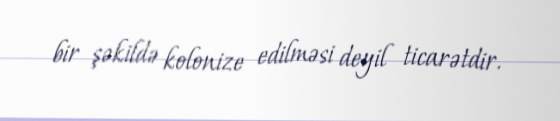
bir şəkildə kolonize edilməsi deyil ticarətdir.